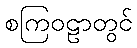
စကြဝဠာတွင်